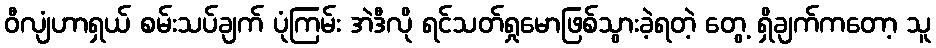
ဝီလျံဟာရှယ် စမ်းသပ်ချက် ပုံကြမ်း အဲဒီလို ရင်သတ်ရှုမောဖြစ်သွားခဲ့ရတဲ့ တွေ့ ရှိချက်ကတော့ သူ